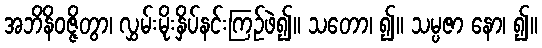
အဘိနိဝဇ္ဇိတွာ၊ လွှမ်းမိုးနှိပ်နင်းကြဉ်ဖဲ၍။ သတော၊ ၍။ သမ္ပဇာ နော၊ ၍။